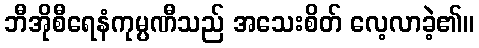
ဘီအိုစီရေနံကုမ္ပဏီသည် အသေးစိတ် လေ့လာခဲ့၏။